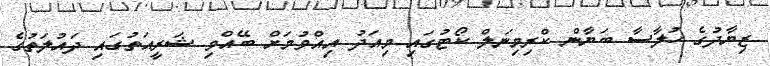
ޒިޔާދުގެ ހުލާސާ ބަޔާން ކްރިމިނަލް ކޯޓުގައި މިއަދު އިއްވުމަށް ބޭއްވި ޝަރީއަތުގައި ދައުލަތުގެ